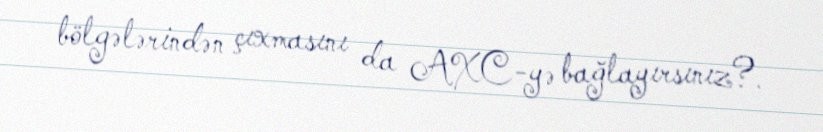
bölgələrindən çıxmasını da AXC-yə bağlayırsınız?.